Indian journal of veterinary science and animal husbandry - Volumes 15-17, 1948-1951
Year: 1948
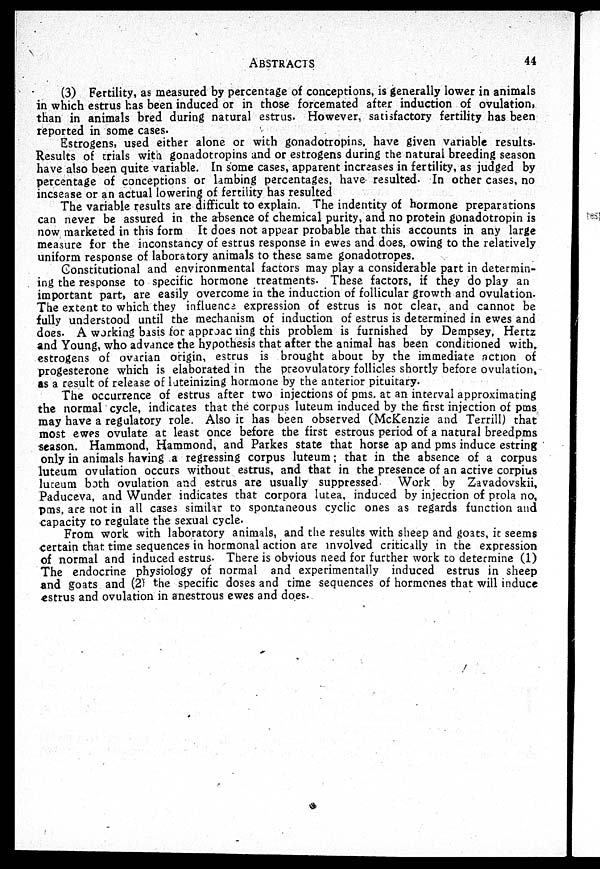
ABSTRACTS
44
(3) Fertility, as measured by percentage of conceptions, is generally lower in animals
in which estrus has been induced or in those forcemated after induction of ovulation,
than in animals bred during natural estrus. However, satisfactory fertility has been
reported in some cases.
Estrogens, used either alone or with gonadotropins, have given variable results.
Results of trials with gonadotropins and or estrogens during the natural breeding season
have also been quite variable. In some cases, apparent increases in fertility, as judged by
percentage of conceptions or lambing percentages, have resulted. In other cases, no
incsease or an actual lowering of fertility has resulted
The variable results are difficult to explain. The indentity of hormone preparations
can never be assured in the absence of chemical purity, and no protein gonadotropin is
now marketed in this form It does not appear probable that this accounts in any large
measure for the inconstancy of estrus response in ewes and does, owing to the relatively
uniform response of laboratory animals to these same gonadotropes.
Constitutional and environmental factors may play a considerable part in determin-
ing the response to specific hormone treatments. These factors, if they do play an
important part, are easily overcome in the induction of follicular growth and ovulation.
The extent to which they influence expression of estrus is not clear, and cannot be
fully understood until the mechanism of induction of estrus is determined in ewes and
does. A working basis for approaching this problem is furnished by Dempsey, Hertz
and Young, who advance the hypothesis that after the animal has been conditioned with,
estrogens of ovarian origin, estrus is brought about by the immediate action of
progesterone which is elaborated in the preovulatory follicles shortly before ovulation,
as a result of release of luteinizing hormone by the anterior pituitary.
The occurrence of estrus after two injections of pms. at an interval approximating
the normal cycle, indicates that the corpus luteum induced by the first injection of pms
may have a regulatory role. Also it has been observed (McKenzie and Terrill) that
most ewes ovulate at least once before the first estrous period of a natural breedpms
season. Hammond, Hammond, and Parkes state that horse ap and pms induce estring
only in animals having a regressing corpus luteum ; that in the absence of a corpus
luteum ovulation occurs without estrus, and that in the presence of an active corpius
luteum both ovulation and estrus are usually suppressed. Work by Zavadovskii,
Paduceva, and Wunder indicates that corpora lutea, induced by injection of prola no,
pms, are not in all cases similar to spontaneous cyclic ones as regards function and
capacity to regulate the sexual cycle.
From work with laboratory animals, and the results with sheep and goats, it seems
certain that time sequences in hormonal action are involved critically in the expression
of normal and induced estrus. There is obvious need for further work to determine (1)
The endocrine physiology of normal and experimentally induced estrus in sheep
and goats and (2) the specific doses and time sequences of hormones that will induce
estrus and ovulation in anestrous ewes and does.